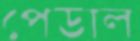
পেডাল